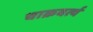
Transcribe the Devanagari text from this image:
चाक्रवर्त्य